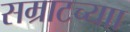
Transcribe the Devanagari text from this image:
सम्राटच्याा